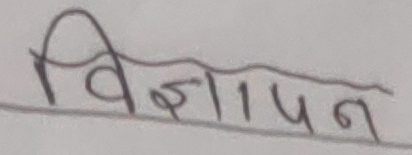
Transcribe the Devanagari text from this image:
विज्ञापन